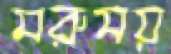
মরুময়